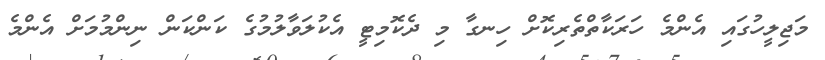
މަޖިލީހުގައި އެންމެ ހަރަކާތްތެރިކޮށް ހިނގާ މި ދެކޮމިޓީ އެކުލަވާލުމުގެ ކަންކަން ނިންމުމަށް އެންމެ